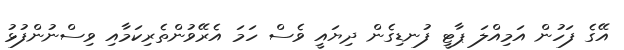
އޭގެ ފަހުން އަމިއްލަ ޕާޓީ ފުނޑިގެން ދިޔައީ ވެސް ހަމަ އެރޭވުންތެރިކަމާއި ވިސްނުންފުޅު